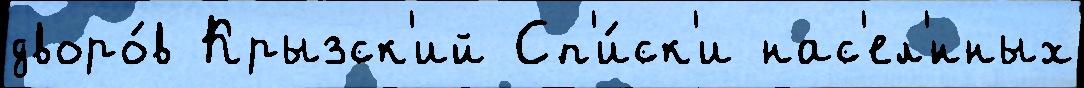
дворо́в Крызск'ий Сп'и́ск'и нас'ел'́нных